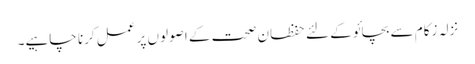
نزلہ زکام سے بچائو کے لئے حفظان صحت کے اصولوں پر عمل کرنا چاہیے۔